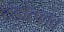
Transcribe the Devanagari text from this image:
दंडोत्प्लव